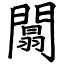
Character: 闒